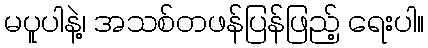
မပူပါနဲ့၊ အသစ်တဖန်ပြန်ဖြည့် ရေးပါ။